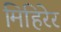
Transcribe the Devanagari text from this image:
मिहिरेर